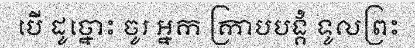
បើ ដូច្នោះ ចូរ អ្នក ក្រាបបង្គំ ទូលព្រះ